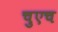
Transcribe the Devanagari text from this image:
चुएच